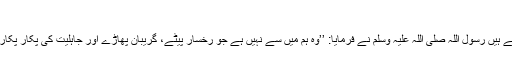
(ابن ماجہ، الجنائز 1585)
عبداللہ بن مسعود رضی اللہ عنہ روایت کرتے ہیں رسول اللہ صلی اللہ علیہ وسلم نے فرمایا: ’’وہ ہم میں سے نہیں ہے جو رخسار پیٹے، گریبان پھاڑے اور جاہلیت کی پکار پکارے (یعنی نوحہ اور واویلا کرے)‘‘ (بخاری۔